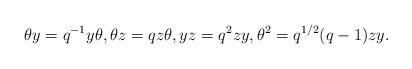
LaTeX: \begin{align*} \theta y = q^{-1} y\theta, \theta z = q z\theta, yz = q^2 zy, \theta^2 = q^{1/2}(q-1) zy.\end{align*}